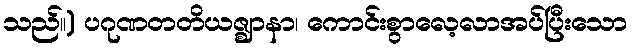
သည်။) ပဂုဏတတိယဇ္ဈာနာ၊ ကောင်းစွာလေ့လာအပ်ပြီးသော